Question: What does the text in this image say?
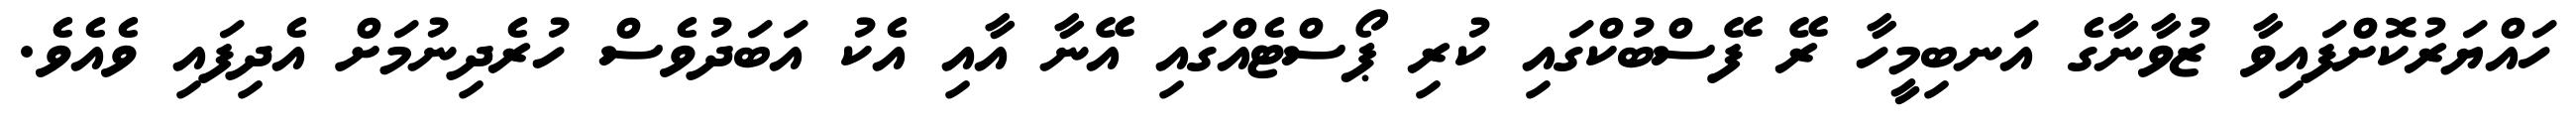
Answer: ހައްޔަރުކޮށްފައިވާ ޒުވާނާގެ އަނބިމީހާ ރޭ ފޭސްބުކްގައި ކުރި ޕޯސްޓެއްގައި އޭނާ އާއި އެކު އަބަދުވެސް ހުރެދިނުމަށް އެދިފައި ވެއެވެ.